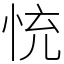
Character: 㤝